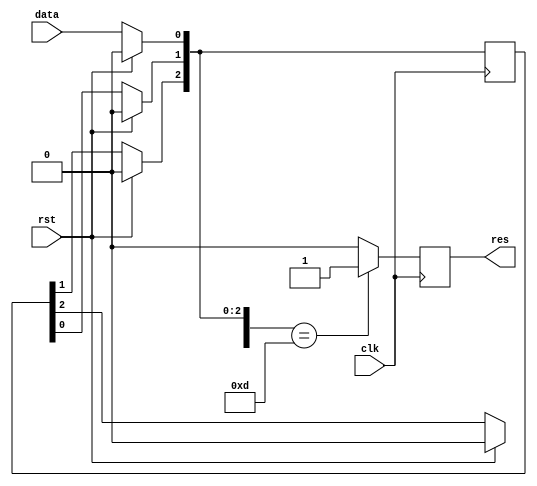
`timescale 1ns / 1ps

module inv(data,clk,rst,res);
input data, clk,rst;
output reg res;
reg[3:0] out;
reg[3:0] target = 5'b1101;
    
always @(posedge clk)
begin
    if( rst == 1 ) 
    begin
    out = 4'b0000;
    res = 1'b0;
    end
    
    else
    begin
    out[3] = out[2];
    out[2] = out[1];
    out[1] = out[0];
    out[0] = data;
    end
    
    if(out == target) res = 1'b1;
    else res = 1'b0;
end
endmodule